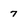
Character: 7